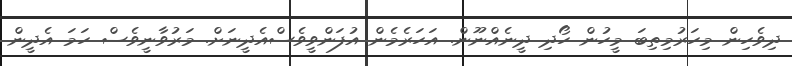
ދިވެހިން މިހަރުމިތިބަ މީހުން ހޯދި ދީނެއްނޫން. އަހަރެމެން އުފަންވީވެސްއެދީނަށް. މަރުވާނީވެސް ހަމަ އެދީން